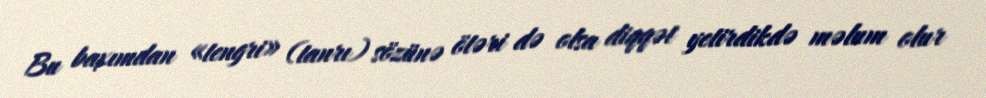
Bu baxımdan «tengri» (tanrı) sözünə ötəri də olsa diqqət yetirdikdə məlum olur